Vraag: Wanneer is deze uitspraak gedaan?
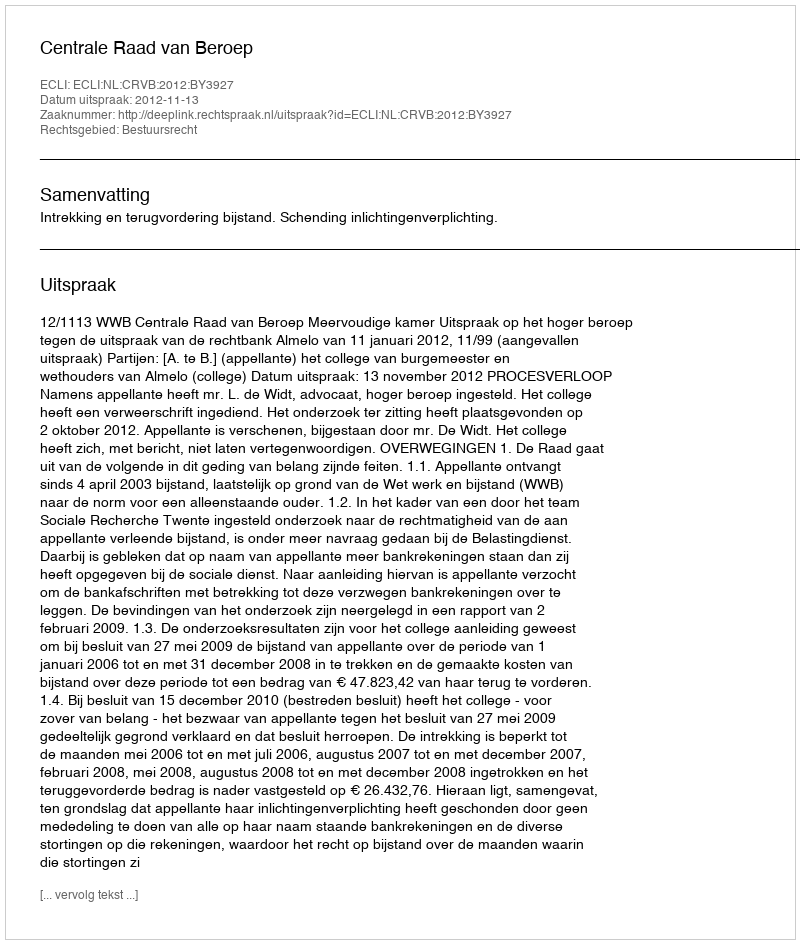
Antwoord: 2012-11-13